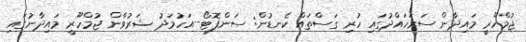
ޖުމްހޫރީ މައިދާން ސަރަހައްދުގައި ހުރި ގަސްތައް ކެނޑުން: ސަންފޮޓޯ--އަހުމަދު ޝަރުވާން ޖުމްހޫރީ މައިދާނުގައި